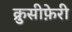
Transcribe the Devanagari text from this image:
क्रुसीफ़ेरी